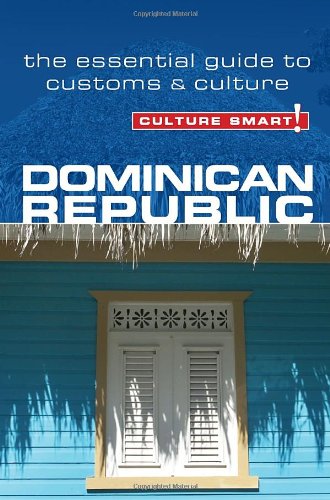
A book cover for Dominican Republic - Culture Smart!: The Essential Guide to Customs & Culture; Ginnie Bedggood; Business & Money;